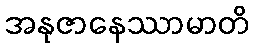
အနုဇာနေဿာမာတိ